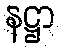
နဋ္ဌာ